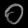
Digit: ၀